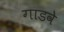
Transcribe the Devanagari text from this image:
गाडवे